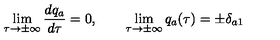
\lim _ { \tau \to \pm \infty } \frac { d q _ { a } } { d \tau } = 0 , \qquad \lim _ { \tau \to \pm \infty } q _ { a } ( \tau ) = \pm \delta _ { a 1 }